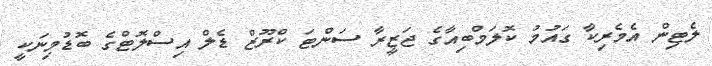
ލެޓިން އެމެރިކާ ގައުމު ކޮލަމްބިއާގެ ޖަޒީރާ ސަންޓަ ކްރޫޒް ޑެލް އިސްލޮޓްގެ ބޮޑުމިނަކީ